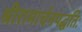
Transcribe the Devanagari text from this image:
श्रीरामार्चनपद्धतिः